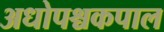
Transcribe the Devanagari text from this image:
अधोपश्चकपाल